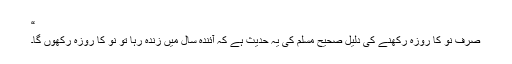
“
صرف نو کا روزہ رکھنے کی دلیل صحیح مسلم کی یہ حدیث ہے کہ آئندہ سال میں زندہ رہا تو نو کا روزہ رکھوں گا۔